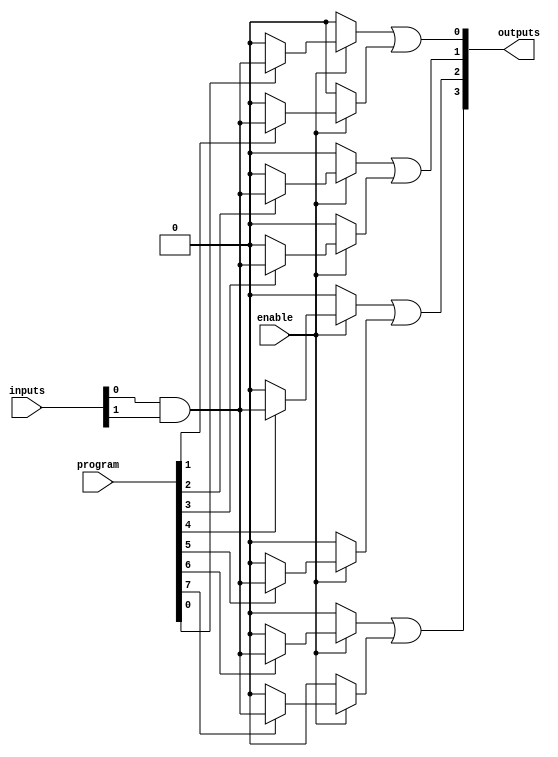
module JewelPAL (
    input wire [N-1:0] inputs,       // N input signals
    input wire [M-1:0] program,      // M programmable connections (each bit represents connection to AND gate)
    input wire enable,                // Enable signal for the PAL
    output wire [P-1:0] outputs       // P output signals
);
    // Parameters
    parameter N = 4;                  // Number of inputs
    parameter M = 8;                  // Number of AND gates
    parameter P = 4;                  // Number of OR outputs

    // Internal signals for AND gate outputs
    wire [M-1:0] and_out;

    // Programmable AND array
    genvar i, j;
    generate
        for (i = 0; i < M; i = i + 1) begin : and_gate
            assign and_out[i] = enable ? (program[i] ? (inputs[0] & inputs[1]) : 1'b0) : 1'b0;
            for (j = 2; j < N; j = j + 1) begin
                assign and_out[i] = and_out[i] & (program[i + j*M] ? inputs[j] : 1'b1);
            end
        end
    endgenerate

    // Fixed OR array
    assign outputs[0] = and_out[0] | and_out[1];  // Example OR connections
    assign outputs[1] = and_out[2] | and_out[3];  // Example OR connections
    assign outputs[2] = and_out[4] | and_out[5];  // Example OR connections
    assign outputs[3] = and_out[6] | and_out[7];  // Example OR connections

endmodule